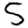
Digit: 5